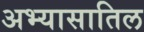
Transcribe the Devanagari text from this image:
अभ्यासातिल